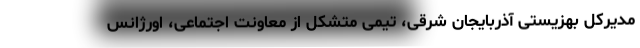
مدیرکل بهزیستی آذربایجان شرقی، تیمی متشکل از معاونت اجتماعی، اورژانس